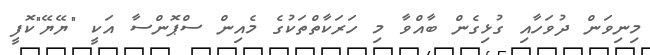
މިނިވަން ދުވަހާއި ގުޅިގެން ބާއްވާ މި ހަރަކާތްތަކުގެ މެއިން ސްޕޮންސާ އަކީ "ޔޭޔޭ"ކޮފީ